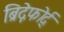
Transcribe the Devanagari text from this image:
ब्रिद्गेफोर्द्